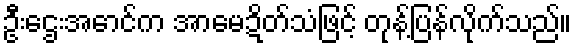
ဦးဌေးအောင်က အာမေဍိတ်သံဖြင့် တုန့်ပြန်လိုက်သည်။